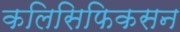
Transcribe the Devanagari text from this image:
कलिसिफिकसन